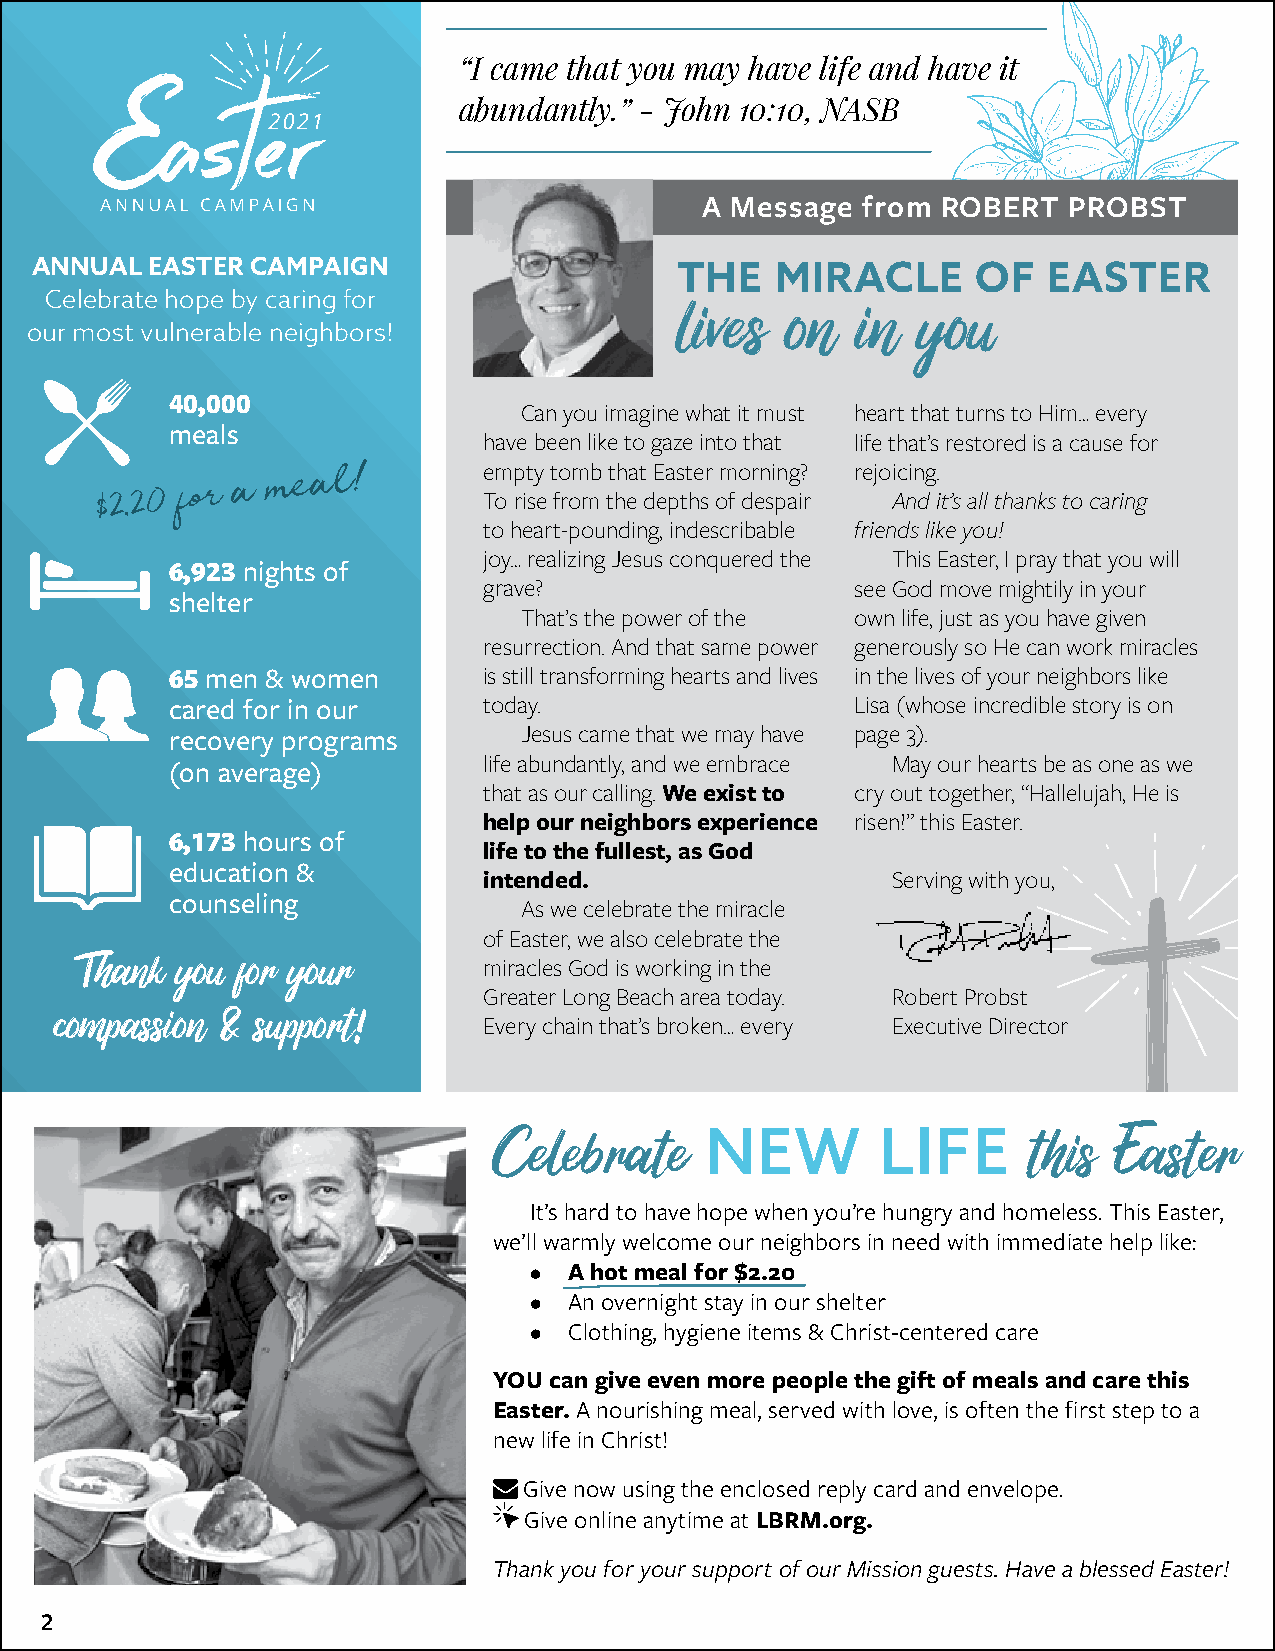
“I came that you may have life and have it
 abundantly.” - John 10:10, NASB
 A Message  from ROBERT   PROBST
 ANNUAL  EASTER CAMPAIGN                    THE   MIRACLE       OF  EASTER
 Celebrate hope by caring for
 lives  on   in  you
 our most vulnerable neighbors!
 40,000
 Can you imagine what it must heart that turns to Him… every
 meals
 have been like to gaze into that life that’s restored is a cause for
 empty tomb that Easter morning? rejoicing.
 $2.20 for a
 meal!
 To rise from the depths of despair And it’s all thanks to caring
 to heart-pounding, indescribable friends like you!
 joy… realizing Jesus conquered the This Easter, I pray that you will
 6,923 nights of
 grave?                   see God move mightily in your
 shelter
 That’s the power of the own life, just as you have given
 resurrection. And that same power generously so He can work miracles
 65 men & women       is still transforming hearts and lives in the lives of your neighbors like
 cared for in our     today.                   Lisa (whose incredible story is on
 recovery programs      Jesus came that we may have page 3).
 life abundantly, and we embrace May our hearts be as one as we
 (on average)
 that as our calling. We exist to cry out together, “Hallelujah, He is
 help our neighbors experience risen!” this Easter.
 6,173 hours of
 life to the fullest, as God
 education &
 intended.                  Serving with you,
 counseling
 As we celebrate the miracle
 of Easter, we also celebrate the
 Thank  you for your        miracles God is working in the
 Greater Long Beach area today. Robert Probst
 compassion & support!       Every chain that’s broken… every Executive Director
 NEW        LIFE
 Celebrate                          this  Easter
 It’s hard to have hope when you’re hungry and homeless. This Easter,
 we’ll warmly welcome our neighbors in need with immediate help like:
 •  A hot meal for $2.20
 •  An overnight stay in our shelter
 •  Clothing, hygiene items & Christ-centered care
 YOU can give even more people the gift of meals and care this
 Easter. A nourishing meal, served with love, is often the first step to a
 new life in Christ!
  Give now using the enclosed reply card and envelope.
 Give online anytime at LBRM.org.
 Thank you for your support of our Mission guests. Have a blessed Easter!
 2